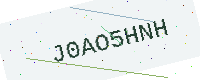
Text: J0AO5HNH